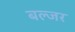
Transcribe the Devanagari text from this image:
बल्जर